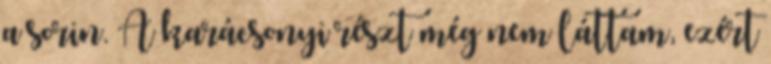
a sorin. A karácsonyi részt még nem láttam, ezért